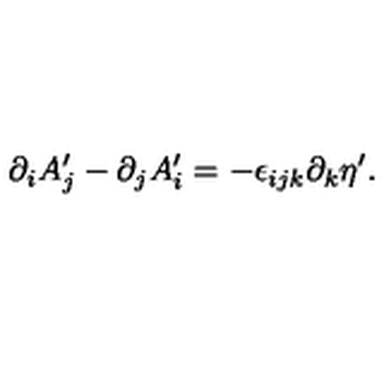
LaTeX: \partial _ { i } A _ { j } ^ { \prime } - \partial _ { j } A _ { i } ^ { \prime } = - \epsilon _ { i j k } \partial _ { k } \eta ^ { \prime } .